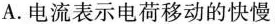
A.电流表示电荷移动的快慢